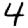
Digit: 4